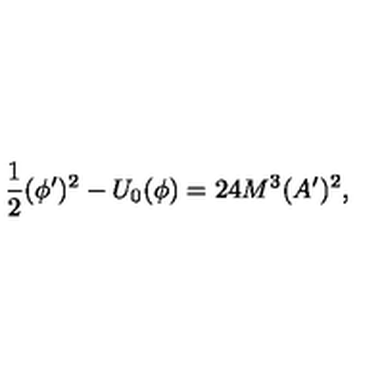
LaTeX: \frac { 1 } { 2 } ( \phi ^ { \prime } ) ^ { 2 } - U _ { 0 } ( \phi ) = 2 4 M ^ { 3 } ( A ^ { \prime } ) ^ { 2 } ,